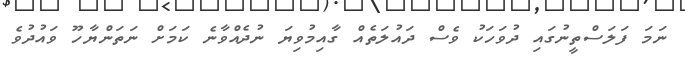
ނަމަ ފަލަސްތީނުގައި ދުވަހަކު ވެސް ދައުލަތެއް ގާއިމުވިޔަ ނުދެއްވާނެ ކަމަށް ނަތަންޔާހޫ ވައުދުވެ